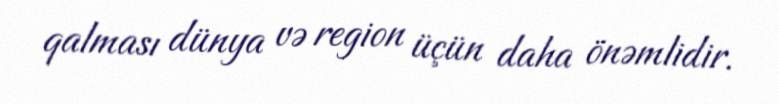
qalması dünya və region üçün daha önəmlidir.